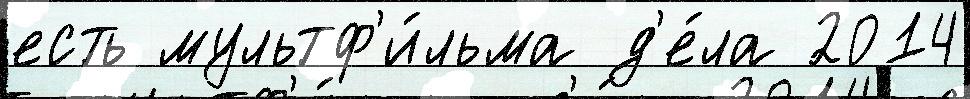
есть мультф'и́льма д'е́ла 2014